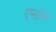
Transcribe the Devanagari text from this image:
एमोन